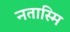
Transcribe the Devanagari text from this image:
नतास्मि